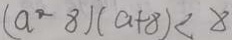
( a - 8 ) ( a + 8 ) < 8